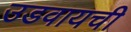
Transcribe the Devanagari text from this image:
उडवायची